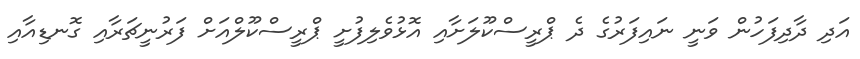
އަދި ދާދިފަހުން ވަނީ ނައިފަރުގެ ދެ ޕްރީސްކޫލަށާއި އޮޅުވެލިފުށީ ޕްރީސްކޫލްއަށް ފަރުނީޗަރާއި ގޮނޑިއާއި